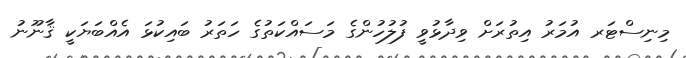
މިނިސްޓަރ އުމަރު އިތުރަށް ވިދާޅުވީ ފުލުހުންގެ މަސައްކަތުގެ ހަތަރު ބައިކުޅަ އެއްބަޔަކީ ޤާނޫނު